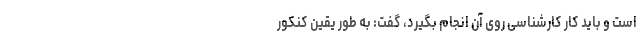
است و باید کار کارشناسی روی آن انجام بگیرد، گفت: به طور یقین کنکور